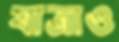
যাত্রাও